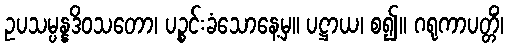
ဥပသမ္ပန္နဒိဝသတော၊ ပဉ္စင်းခံသောနေ့မှ။ ပဋ္ဌာယ၊ စ၍။ ဂရုကာပတ္တိံ၊